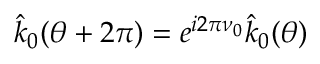
\hat { k } _ { 0 } ( \theta + 2 \pi ) = e ^ { i 2 \pi \nu _ { 0 } } \hat { k } _ { 0 } ( \theta )